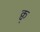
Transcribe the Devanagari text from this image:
क्व्